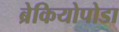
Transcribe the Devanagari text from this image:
ब्रेकियोपोडा